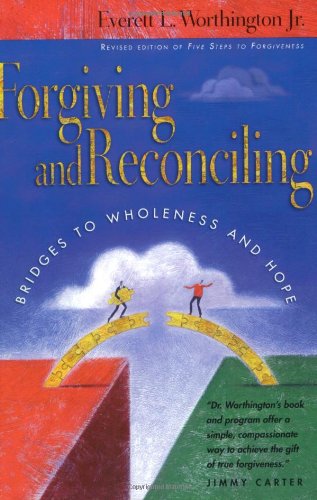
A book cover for Forgiving and Reconciling: Bridges to Wholeness and Hope; Everett L. Worthington; Christian Books & Bibles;